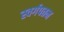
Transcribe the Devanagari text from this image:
स्वर्गपतन